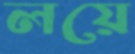
লয়ে